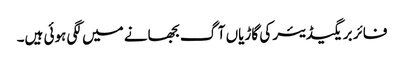
فائر بریگیڈیئر کی گاڑیاں آگ بجھانے میں لگی ہوئی ہیں۔